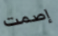
إصمت